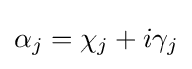
\alpha _{j}=\chi _{j}+i\gamma _{j}